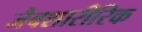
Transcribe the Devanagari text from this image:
जैवशारीरिक